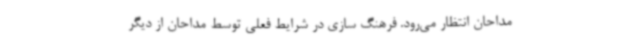
مداحان انتظار می‌رود. فرهنگ سازی در شرایط فعلی توسط مداحان از دیگر